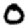
Digit: 0